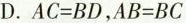
D. $$AC=BD$$,$$AB=BC$$